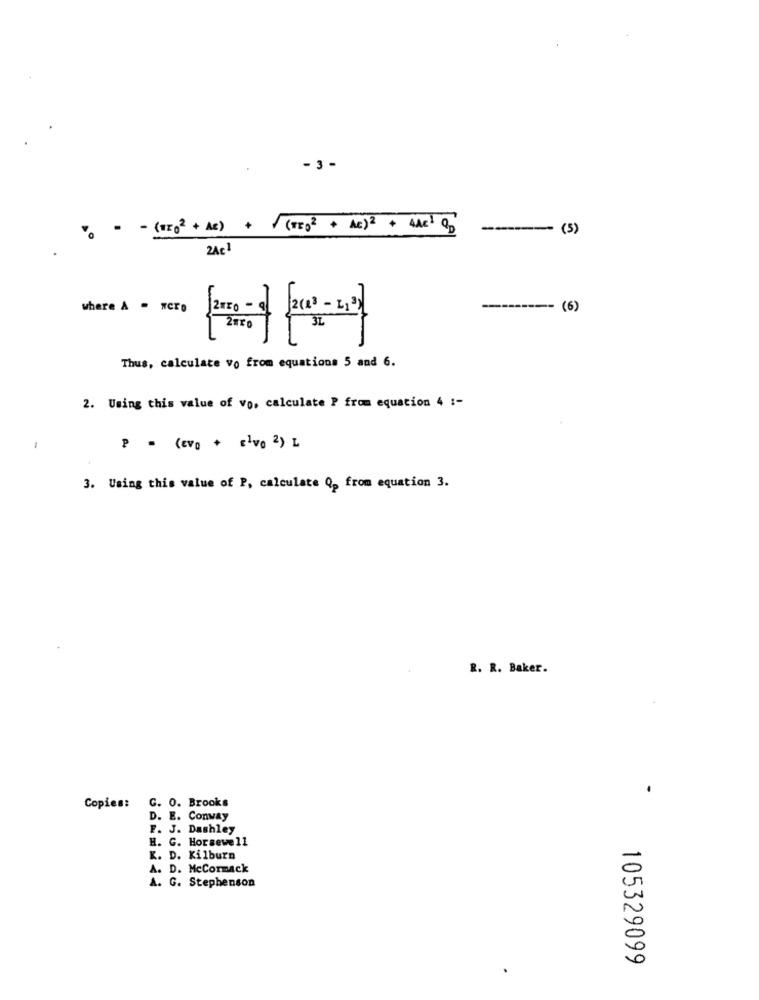
- 3-
0 = = (+202 + Ae) +(TEO2 + AC)2 + 4AC1 OD
---- (5)
2Ac1
where A = "Crp
--------- (6)
15
Thus, calculate vo from equations 5 and 6.
2. Using this value of vo. calculate P from equation 4 :-
P . (Eva + Elve 2) L
3. Using this value of P, calculate Q from equation 3.
R. R. Baker.
Copies: G. 0. Brooks
D. E. Conway
F. J. Dashley
H. G. Horsewell
K. D. Kilburn
A. D. Mccormack
A. G. Stephenson
105329099